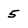
Character: 5